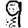
Digit: 9